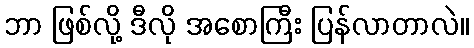
ဘာ ဖြစ်လို့ ဒီလို အစောကြီး ပြန်လာတာလဲ။